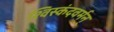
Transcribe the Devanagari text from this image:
श्विस्कंदवर्मन्